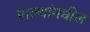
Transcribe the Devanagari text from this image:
पाल्यांमधील